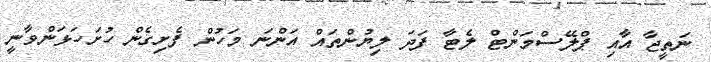
ނަތީޖާ އާއި ޕްލޭސްމަންޓް ލެޓާ ފަދަ ލިޔުންތައް އަންނަ މަހުން ފެށިގެން ހުށަހަޅަންވާނީ